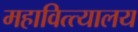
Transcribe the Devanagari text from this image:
महावित्त्यालय